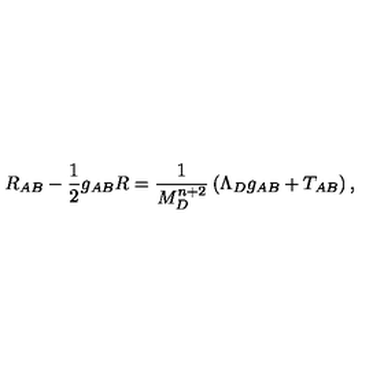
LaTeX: R _ { A B } - \frac { 1 } { 2 } g _ { A B } R = \frac { 1 } { M _ { D } ^ { n + 2 } } \left( \Lambda _ { D } g _ { A B } + T _ { A B } \right) ,